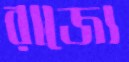
রাজ্যে